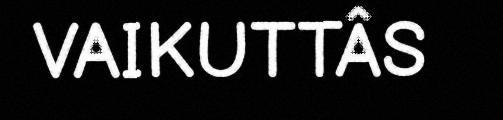
VAIKUTTÂS